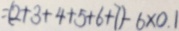
= ( 2 + 3 + 4 + 5 + 6 + 7 ) - 6 \times 0 . 1